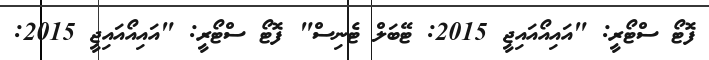
ފޮޓޯ ސްޓޯރީ: "އައިއޯއައިޖީ 2015: ޓޭބަލް ޓެނިސް" ފޮޓޯ ސްޓޯރީ: "އައިއޯއައިޖީ 2015: